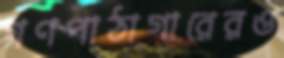
গণপাঠাগারেরও